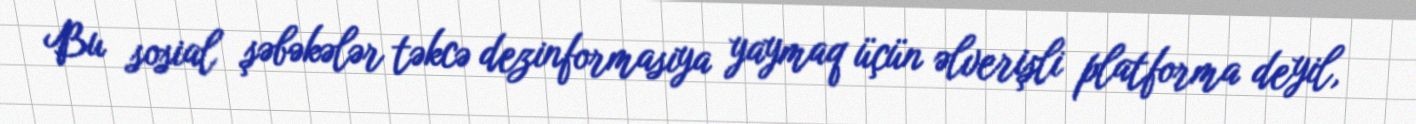
Bu sosial şəbəkələr təkcə dezinformasiya yaymaq üçün əlverişli platforma deyil,